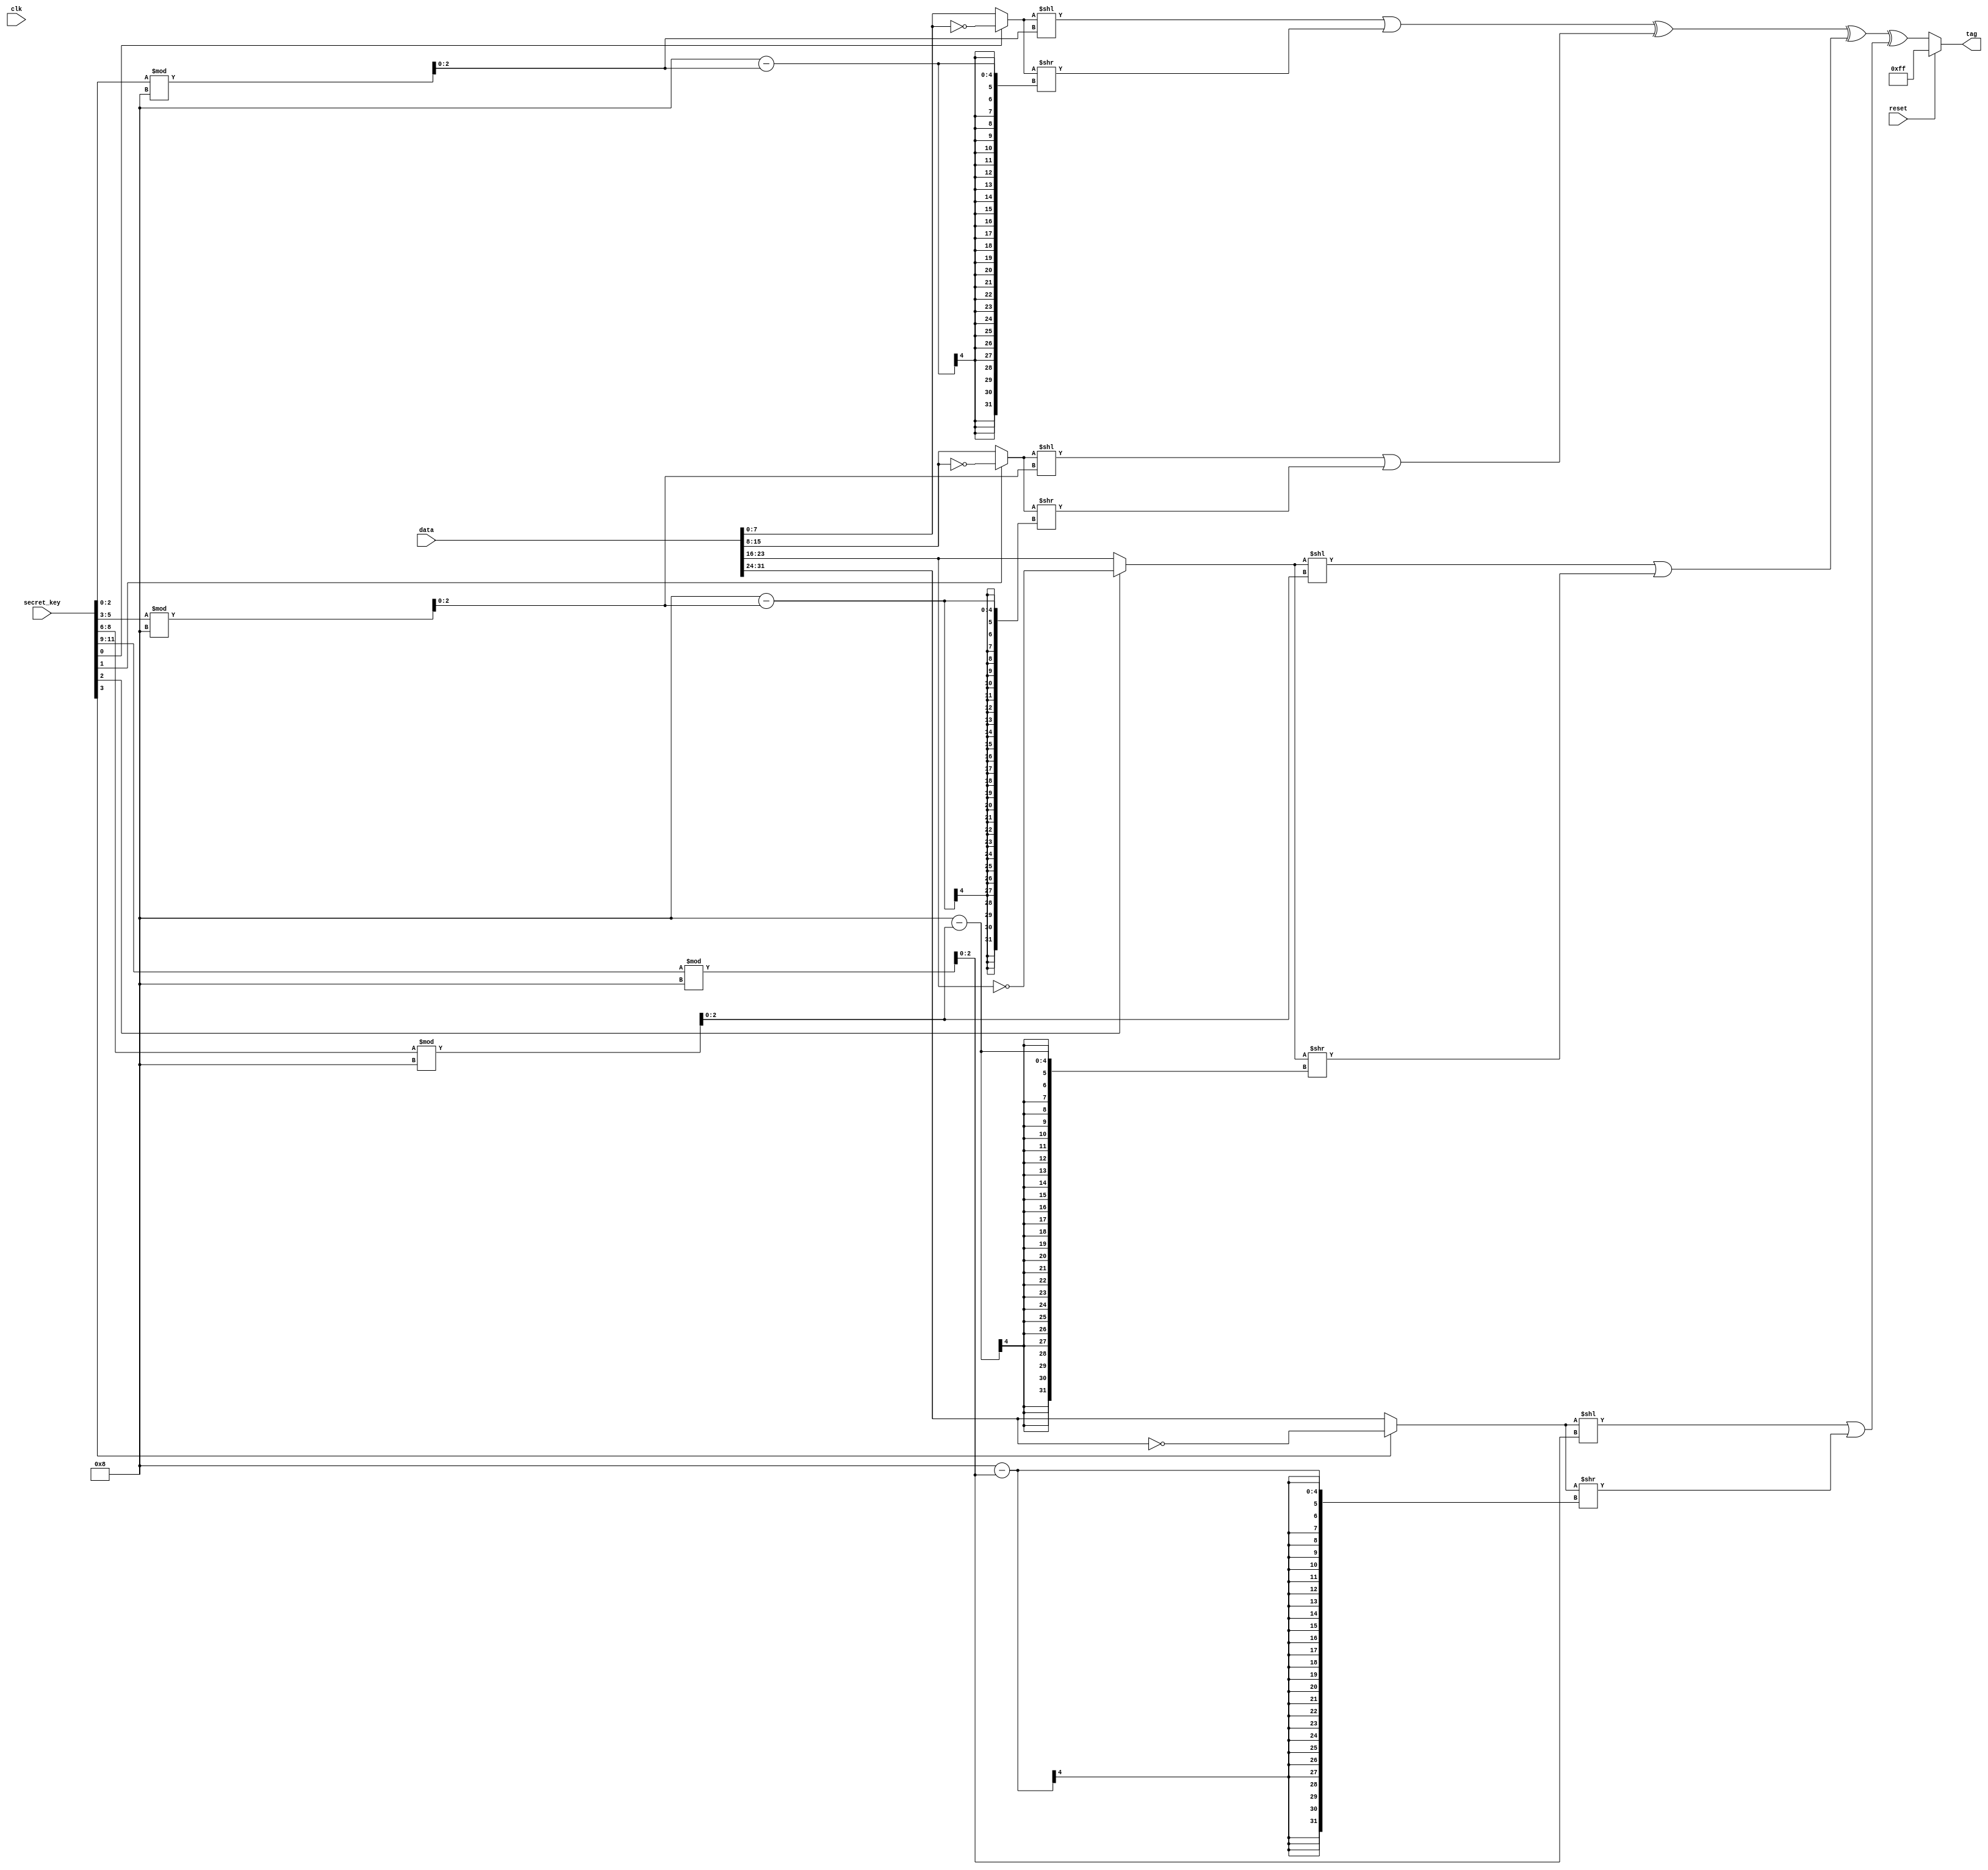
module tag_generation #(parameter DATA_SIZE = 32, parameter BLOCK_SIZE = DATA_SIZE / 4) (
    input clk,
    input reset,
    input [DATA_SIZE-1:0] data,
    input [15:0] secret_key,
    output reg [BLOCK_SIZE-1:0] tag
);

    wire [BLOCK_SIZE-1:0] bf_block[3:0];
    wire [BLOCK_SIZE-1:0] rls_block[3:0];
    wire [BLOCK_SIZE-1:0] tag_next;

    // Block Flip (BF) and Rotating Left Shift (RLS) for each block
    assign bf_block[0] = (secret_key[0] == 1'b1) ? ~data[BLOCK_SIZE-1:0] : data[BLOCK_SIZE-1:0];
    assign bf_block[1] = (secret_key[1] == 1'b1) ? ~data[2*BLOCK_SIZE-1:BLOCK_SIZE] : data[2*BLOCK_SIZE-1:BLOCK_SIZE];
    assign bf_block[2] = (secret_key[2] == 1'b1) ? ~data[3*BLOCK_SIZE-1:2*BLOCK_SIZE] : data[3*BLOCK_SIZE-1:2*BLOCK_SIZE];
    assign bf_block[3] = (secret_key[3] == 1'b1) ? ~data[4*BLOCK_SIZE-1:3*BLOCK_SIZE] : data[4*BLOCK_SIZE-1:3*BLOCK_SIZE];

    wire [2:0] shift_amount_0 = secret_key[2:0] % BLOCK_SIZE;
    wire [2:0] shift_amount_1 = secret_key[5:3] % BLOCK_SIZE;
    wire [2:0] shift_amount_2 = secret_key[8:6] % BLOCK_SIZE;
    wire [2:0] shift_amount_3 = secret_key[11:9] % BLOCK_SIZE;

    assign rls_block[0] = (bf_block[0] << shift_amount_0) | (bf_block[0] >> (BLOCK_SIZE - shift_amount_0));
    assign rls_block[1] = (bf_block[1] << shift_amount_1) | (bf_block[1] >> (BLOCK_SIZE - shift_amount_1));
    assign rls_block[2] = (bf_block[2] << shift_amount_2) | (bf_block[2] >> (BLOCK_SIZE - shift_amount_2));
    assign rls_block[3] = (bf_block[3] << shift_amount_3) | (bf_block[3] >> (BLOCK_SIZE - shift_amount_3));
    
    assign tag_next = rls_block[0] ^ rls_block[1] ^ rls_block[2] ^ rls_block[3];
    
    always @(*) begin
        if (reset) begin
            tag <= 8'hff;
        end else begin    
            tag <= tag_next;
        end
    end
        
endmodule